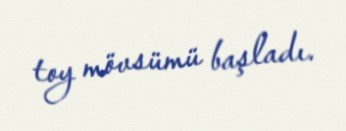
toy mövsümü başladı.